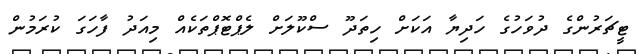
ޓީޗަރުންގެ ދުވަހުގެ ހަދިޔާ އަކަށް ހިތަދޫ ސްކޫލަށް ލެޕްޓޮޕްތަކެއް މިއަދު ފާހަގަ ކުރަމުން